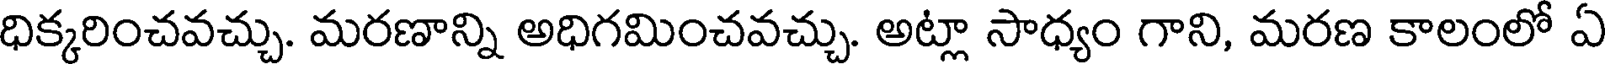
ధిక్కరించవచ్చు. మరణాన్ని అధిగమించవచ్చు. అట్లా సాధ్యం గాని, మరణ కాలంలో ఏ